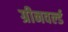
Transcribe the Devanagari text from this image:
ग्रीनवर्ल्ड